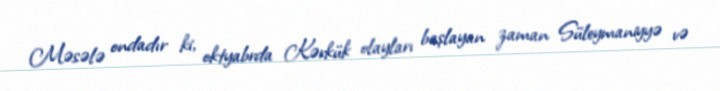
Məsələ ondadır ki, oktyabrda Kərkük olayları başlayan zaman Süleymaniyyə və